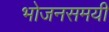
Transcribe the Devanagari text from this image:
भोजनसमयी